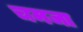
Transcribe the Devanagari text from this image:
चमजा